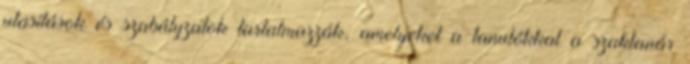
utasítások és szabályzatok tartalmazzák, amelyeket a tanulókkal a szaktanár